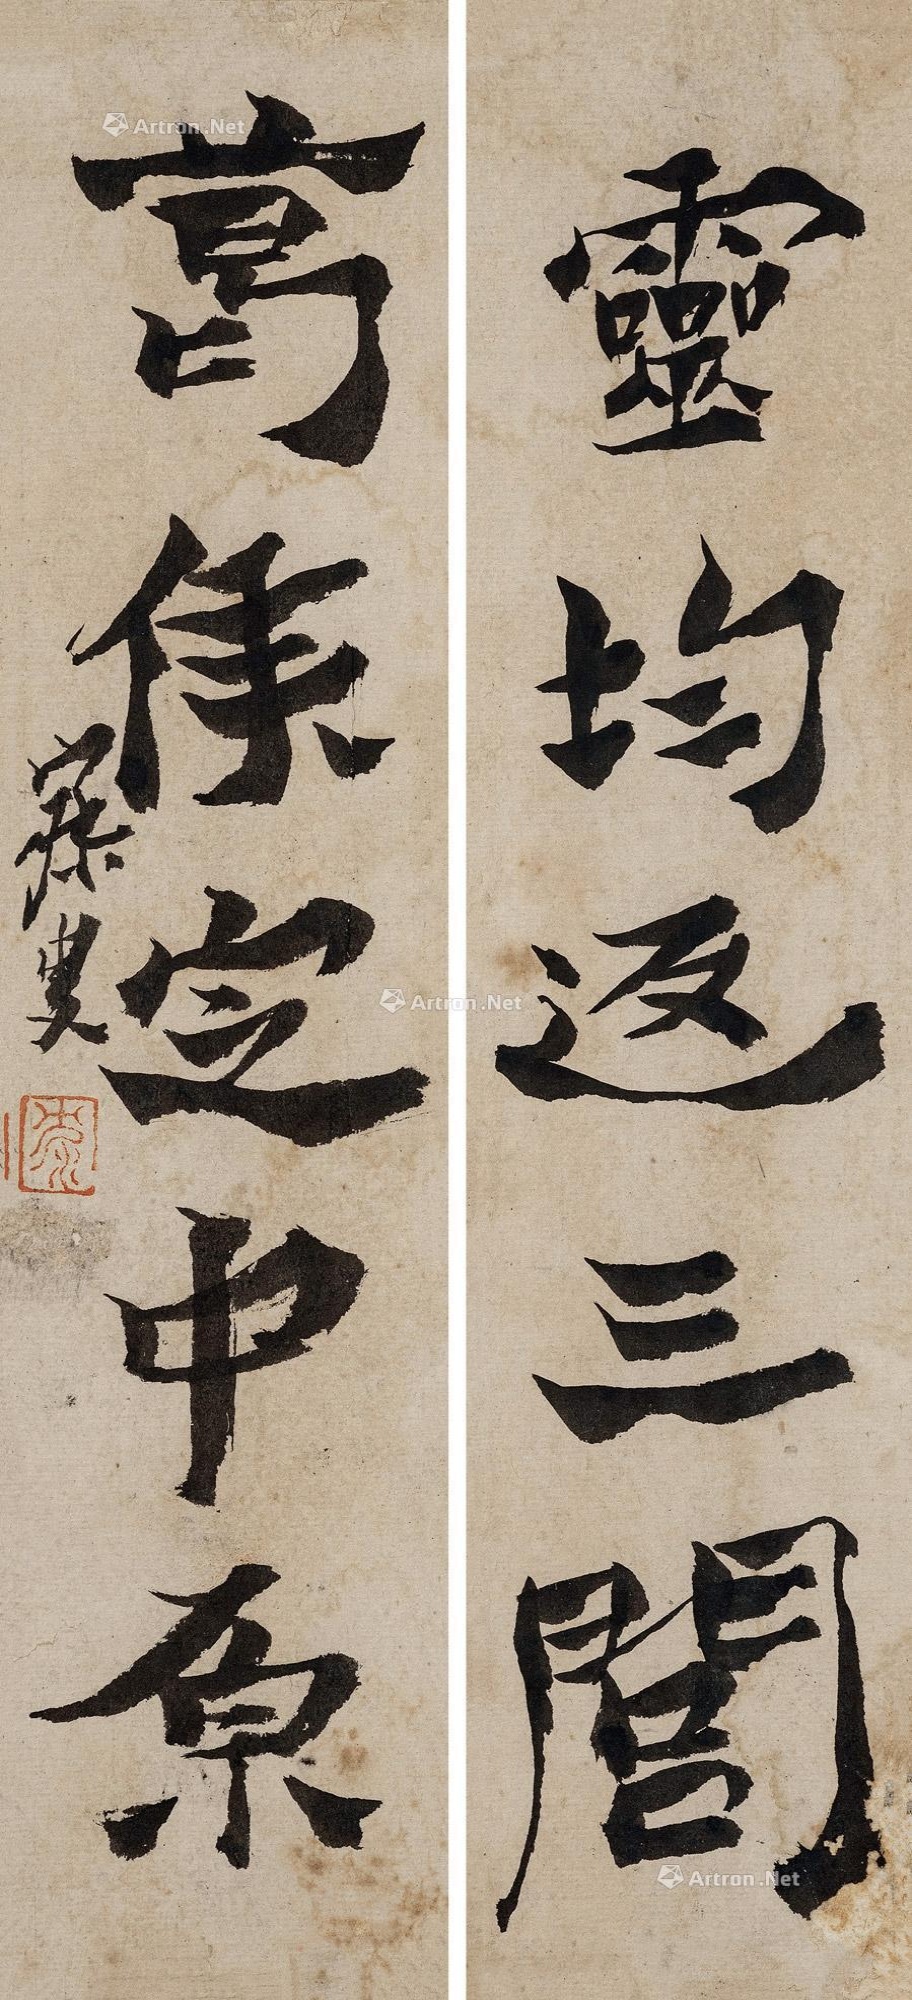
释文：灵均返三闾，葛侯定中原。寐叟。